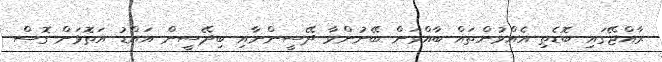
ރާއްޖޭގައި ބޮޑެތި އެއްވުންތައް ބާއްވަން ބޭނުންވާ ދޭސީންނާއި ބިދޭސީން އައްޑު އަތޮޅަށް ގޮސް